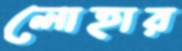
লোহার